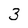
Character: 3